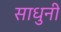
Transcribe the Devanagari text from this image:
साधुनी